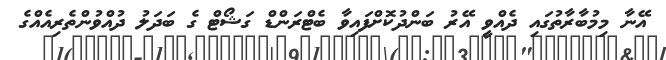
އޭނާ މިމުބާރާތުގައި ދެއްވީ އޭރު ބަންދުކޮށްފައިވާ ބެޓްރަންޑް ގަޝޯޓް ގެ ބަދަލު ދުއްވުންތެރިއެއްގެ